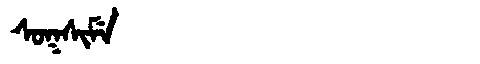
Manchu: ᠰᠣᡴᠰᡳᠮᡝ
Romanization: SOKSIME